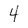
Character: 4